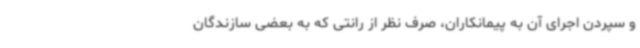
و سپردن اجرای آن به پیمانکاران، صرف نظر از رانتی که به بعضی سازندگان